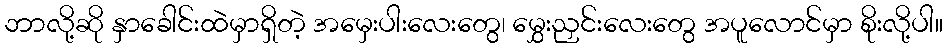
ဘာလို့ဆို နှာခေါင်းထဲမှာရှိတဲ့ အမှေးပါးလေးတွေ၊ မွှေးညှင်းလေးတွေ အပူလောင်မှာ စိုးလို့ပါ။